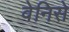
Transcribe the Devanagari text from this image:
वेनिसे